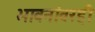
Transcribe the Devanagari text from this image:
भावनांवरही